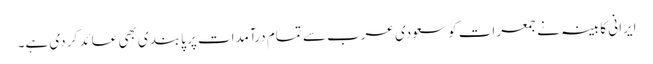
ایرانی کابینہ نے جمعرات کو سعودی عرب سے تمام درآمدات پر پابندی بھی عائد کر دی ہے۔